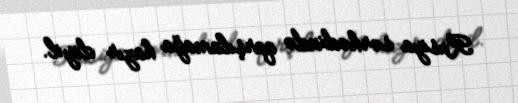
Rusiya sərhədində qarşılamağa hazır deyil.